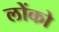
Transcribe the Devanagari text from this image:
लोंको